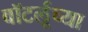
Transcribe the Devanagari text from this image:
वॉटर्लूच्या